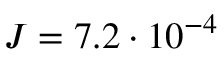
J = 7 . 2 \cdot 1 0 ^ { - 4 }